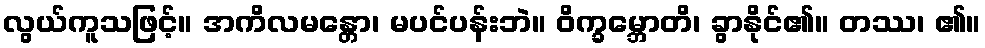
လွယ်ကူသဖြင့်။ အကိလမန္တော၊ မပင်ပန်းဘဲ။ ဝိက္ခမ္ဘောတိ၊ ခွာနိုင်၏။ တဿ၊ ၏။